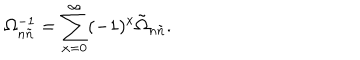
LaTeX: \Omega _ { n \tilde { n } } ^ { - 1 } = \sum _ { x = 0 } ^ { \infty } ( - 1 ) ^ { x } \tilde { \Omega } _ { n \tilde { n } } .